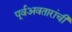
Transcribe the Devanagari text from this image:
पूर्वअवतारांची